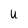
Character: u